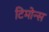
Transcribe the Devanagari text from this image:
टिमोन्स